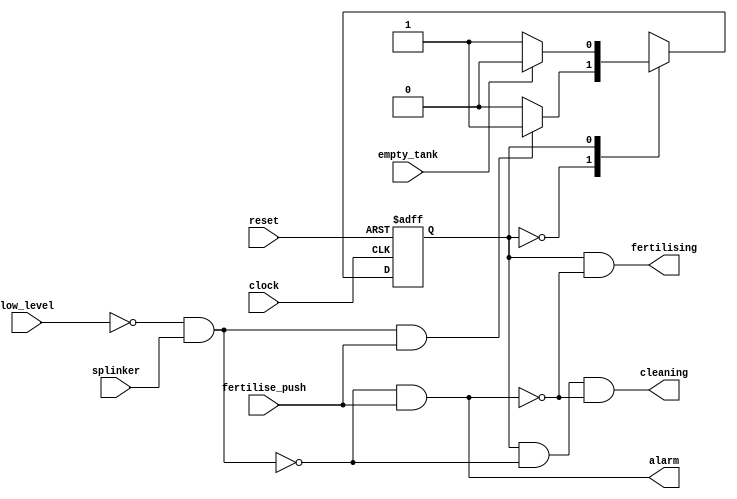
module fertilising_controller (
    output fertilising,
    output cleaning,
    output alarm,

    input low_level,
    input empty_tank,
    input splinker,
    input fertilise_push,
	input clock,
	input reset
);

	reg state, next_state;

	parameter IDLE = 0;
	parameter FERTILISE = 1;

	assign condition_of_fertilisation = !low_level & splinker;

	always @(posedge clock, posedge reset)
	if (reset) state <= IDLE;
	else state <= next_state;

	always @(*)
	case (state)
		IDLE:
			if (condition_of_fertilisation & fertilise_push) next_state <= FERTILISE;
			else next_state <= IDLE;
		FERTILISE:
			if (empty_tank) next_state <= IDLE;
			else next_state <= FERTILISE;
	endcase

	assign fertilising = (state == FERTILISE) & !alarm;
	assign alarm = (!condition_of_fertilisation & fertilise_push);
	assign cleaning = (state == FERTILISE) & !condition_of_fertilisation & !alarm;

endmodule